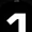
Digit: 1